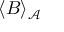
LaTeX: \langle B \rangle _ { \mathcal { A } }